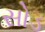
સોડ